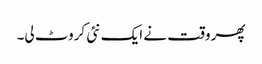
پھر وقت نے ایک نئی کروٹ لی۔